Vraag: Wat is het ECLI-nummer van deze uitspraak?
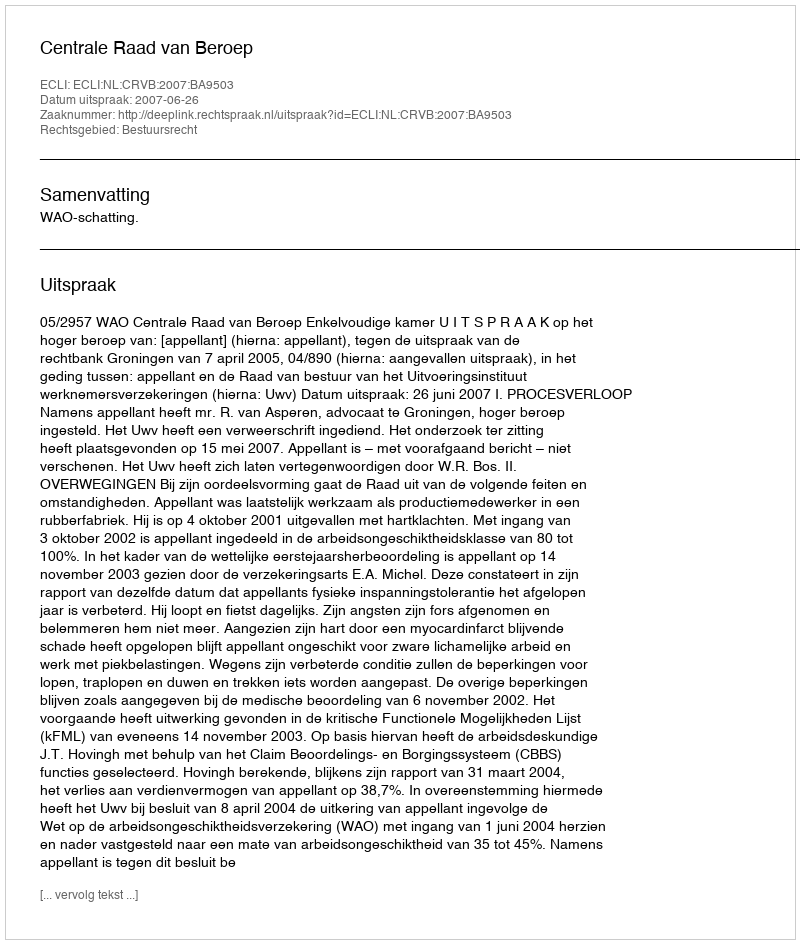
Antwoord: ECLI:NL:CRVB:2007:BA9503